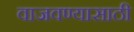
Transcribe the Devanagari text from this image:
वाजवण्यासाठी